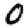
Digit: 0